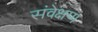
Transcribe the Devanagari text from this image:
संवेक्षण